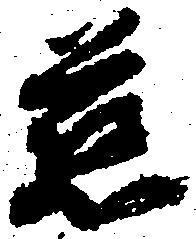
慈